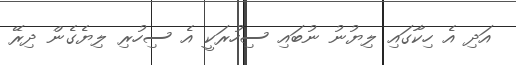
އަދި އެ ހިކާގައި ލިޔުނު ނުބައި ސިހުރަކީ އެ ސިހުރި ލިޔެގެން ދިރޭ